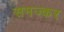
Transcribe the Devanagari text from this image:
समज्कर